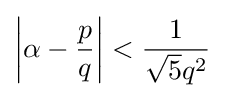
\left|\alpha -{\frac {p}{q}}\right|<{\frac {1}{{\sqrt {5}}q^{2}}}